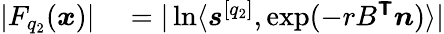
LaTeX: \begin{array}{rl}{|F_{q_{2}}(\boldsymbol{x})|}&{{}=|\ln\langle\boldsymbol{s}^{[q_{2}]},\exp(-rB^{\boldsymbol{\mathsf{T}}}\boldsymbol{n})\rangle|}\end{array}